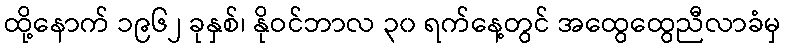
ထို့နောက် ၁၉၆၂ ခုနှစ်၊ နိုဝင်ဘာလ ၃၀ ရက်နေ့တွင် အထွေထွေညီလာခံမှ